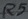
Text: R5